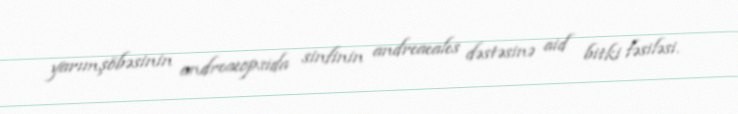
yarımşöbəsinin andreaeopsida sinfinin andreaeales dəstəsinə aid bitki fəsiləsi.